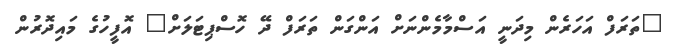
"ތަރަފް އަހަރެން މިދަނީ އަސްމާމެންނަށް އަންގަން ތަރަފް ދޭ ހޮސްޕިޓަލަށް" އޮފީހުގެ މައިދޮރުން